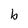
Character: b